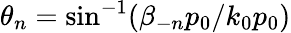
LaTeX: \theta_{n}=\sin^{-1}(\beta_{-n}p_{0}/k_{0}p_{0})